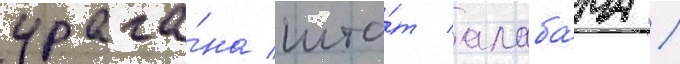
урага́на шта́т алаба́ма /